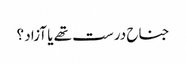
جناح درست تھے یا آزاد ؟